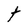
Character: t